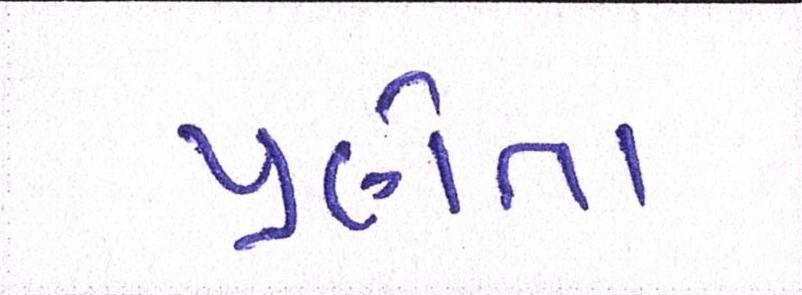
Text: પ્રણેતા